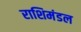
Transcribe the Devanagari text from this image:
राशिमंडल